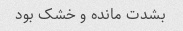
بشدت مانده و خشک بود